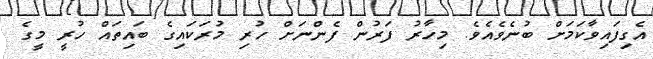
އެގިފައިވާކަމަށް ބުނެވެއެވެ. މިހާރު ފަރުން ފެންނަށް ހުރި މުރަކައިގެ ބައިތައް ހުރީ މީގެ